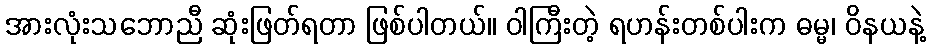
အားလုံးသဘောညီ ဆုံးဖြတ်ရတာ ဖြစ်ပါတယ်။ ဝါကြီးတဲ့ ရဟန်းတစ်ပါးက ဓမ္မ၊ ဝိနယနဲ့